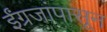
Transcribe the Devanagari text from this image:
ईंग्रजांपासून